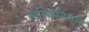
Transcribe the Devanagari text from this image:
नाम्किनिजल